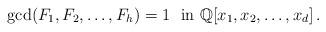
LaTeX: \begin{align*}\gcd(F_1,F_2,\dots,F_h)=1\ \ \mathrm{in}\ \mathbb{Q}[x_1,x_2,\dots,x_d]\,. \end{align*}